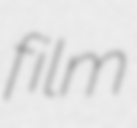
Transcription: film